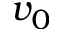
v _ { 0 }